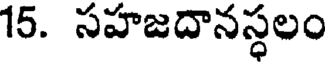
15. సహజదానస్థలం